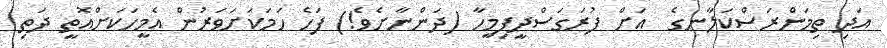
އަދި ތިމަންރަސްކަލާނގެ  އަށް ފުރަގަސްދީފިމީހާ (ދަންނާށެވެ!) ފަހެ ހަމަކަށަވަރުން އެމީހަކަށްއޮތީ ދަތި